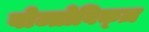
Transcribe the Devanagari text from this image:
वोज्तोविक्ज़